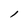
Character: l